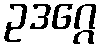
ဥဒဂ္ဂေ